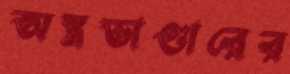
অস্ত্রভাণ্ডারের